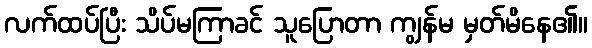
လက်ထပ်ပြီး သိပ်မကြာခင် သူပြောတာ ကျွန်မ မှတ်မိနေ၏။